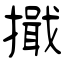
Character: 擑